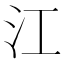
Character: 江